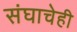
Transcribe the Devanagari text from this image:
संघाचेही